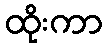
ထိုးကာ